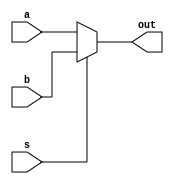
`timescale 1ns / 1ps
//////////////////////////////////////////////////////////////////////////////////
// Company: 
// Engineer: 
// 
// Design Name: 
// Module Name: MUX
// Project Name: 
// Target Devices: 
// Tool Versions: 
// Description: 
// 
// Dependencies: 
// 
// Revision:
// Revision 0.01 - File Created
// Additional Comments:
// 
//////////////////////////////////////////////////////////////////////////////////

module MUX #(parameter Width = 32)(input [Width-1 : 0] a,b,
 input  s,
 output [Width-1 : 0] out);

assign out = (s == 1'b0) ? a : b;
endmodule